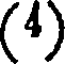
(4)